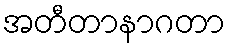
အတီတာနာဂတာ